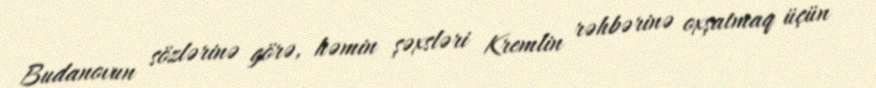
Budanovun sözlərinə görə, həmin şəxsləri Kremlin rəhbərinə oxşatmaq üçün